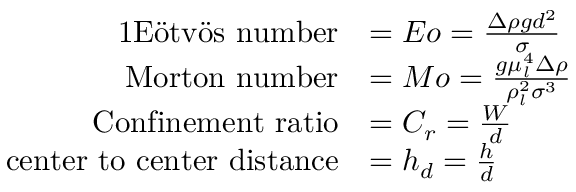
\begin{array} { r l } { { 1 } \mathrm { E \" o t v \" o s ~ n u m b e r } } & { = E o = \frac { \Delta \rho g d ^ { 2 } } { \sigma } } \\ { \mathrm { M o r t o n ~ n u m b e r } } & { = M o = \frac { g \mu _ { l } ^ { 4 } \Delta \rho } { \rho _ { l } ^ { 2 } \sigma ^ { 3 } } } \\ { \mathrm { C o n f i n e m e n t ~ r a t i o } } & { = C _ { r } = \frac { W } { d } } \\ { \mathrm { c e n t e r ~ t o ~ c e n t e r ~ d i s t a n c e } } & { = h _ { d } = \frac { h } { d } } \end{array}